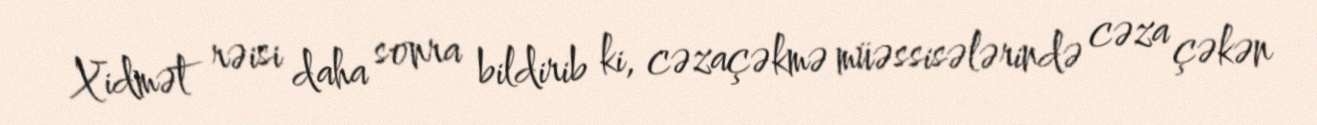
Xidmət rəisi daha sonra bildirib ki, cəzaçəkmə müəssisələrində cəza çəkən